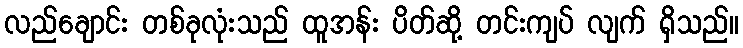
လည်ချောင်း တစ်ခုလုံးသည် ထူအန်း ပိတ်ဆို့ တင်းကျပ် လျက် ရှိသည်။